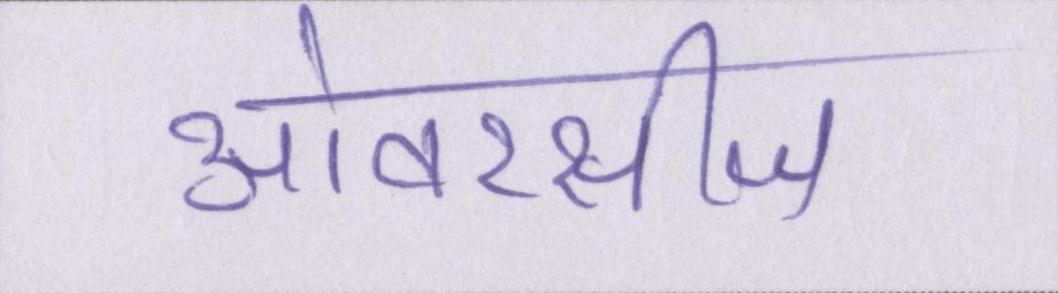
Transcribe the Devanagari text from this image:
ओवरसीज